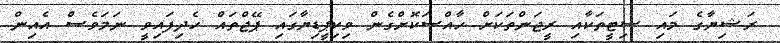
ރަޝިޔާގެ މައި ސިޓީތަކާއި ރީޖަންތަކަށް ހާއްސަކޮށްގެން ވިކިޕީޑިޔާގައި ޕޭޖްތައް ހެދިފައިވީ ނަމަވެސް އެއިން